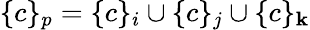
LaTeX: \{ c\} _{p}=\{ c\} _{i}\cup\{ c\} _{j}\cup\{ c\} _{\mathbf{k}}